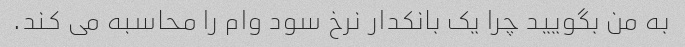
به من بگویید چرا یک بانکدار نرخ سود وام را محاسبه می کند.